King Institute of Preventive Medicine Micro-Biological Section reports 1909-11
Year: 1909
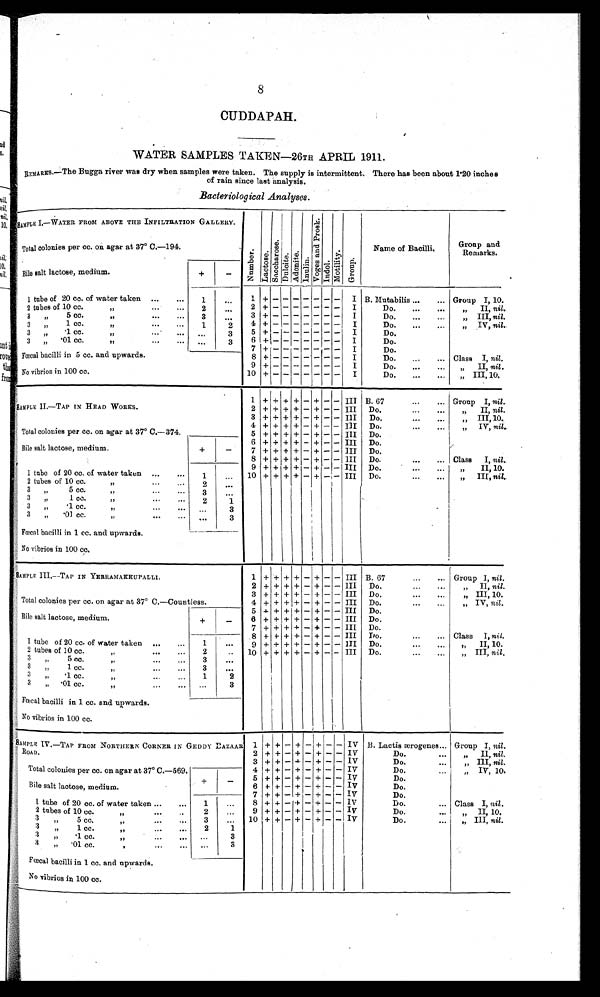
8
CUDDAPAH.
WATER SAMPLES TAKEN—26TH APRIL 1911.
REMARKS . —Th e Bu g g a r i v e r wa s d r y wh e n s a mp l e s we r e t a k e n . Th e s u p p l y i s i n t e r mi t t e n t . Th e r e h a s b e e n a b o u t 1 . 2 0 i n c h e s
of rain since last analysis.
Bacteriological Analyses.
S A M P L E I . — W A T E R F R O M A B O V E T H E I N F I L T R A T I O N G A L L E R Y .
N u m b e r . La c t os e . S a c c h a r o s e . Dul ci t e Ad o n i t e .
I nul i n.
V o g e s a n d P r o s k .
Indol .
Mot i l i t y
Group.
Name of Bacilli.
Group and
Remarks.
Total colonies per cc. on agar at 37° C.—194.
Bile salt lactose, medium.
+
-
1 tube of 20 cc, of water taken ... ...
1
. . . 1
+ -
- - - - - - I B.Mutabilis ...
... Group I, 10.
2 tubes of 10 cc.
„ ...
2
. . .
2
+ -
- - - - - - I
Do.
...
...
„ II, nil.
3 „ 5cc. „ ... ...
3
. . .
3
+ -
- - - - - - I
Do.
...
...
„ III, nil.
3 „ 1 cc. „ ... ...
1
2
4 + - - - - - - - I
Do.
...
...
„
IV,
nil.
3 „ . 1 c c . „
. . .
3
5
+ -
- - - - - - I
Do.
3 „ .01 cc. „ ... ...
. . .
3
6
+ -
- - - - - - I
Do.
...
7
+ -
- - - - - - I
Do.
Fœcal bacilli in 5 cc. and upwards.
8
+ -
- - - - - - I
Do.
...
... Class I, nil.
9
+ -
- - - - - - I
Do.
...
...
„
II,
nil.
No vibrios in 100 cc.
10
-
- - - - - - I
Do.
...
...
„ III, 10.
SAMPLE II.—TAP IN HEAD WORKS.
1 + + + + - + - - III B. 67
...
... Group I, nil.
2 + + + + - + - - III
Do.
...
...
II, nil.
Total colonies per cc. on agar at 37° C —374.
3 + + + + - + - - I I I Do.
...
...
III, 10.
4 + + + + - + - - III Do.
„
IV,n i l
.
5 + + + + - + - - III Do.
Bile salt lactose, medium.
+
-
6 + + + + - + - - III Do.
7 + + + + - + - - III Do.
8 + + + + - + - - III Do.
...
... Class I, nil.
1 tube of 20 cc. of water taken ...
...
1
. . . 9 + + + + - + - - III Do.
....
...
„
II, 10.
10 + + + + - + - - III Do.
„
III,
nil.
2 tubes of 10 cc.
„ ...
2
...
3 „ 5 cc, „
3
. . .
3 „ 1cc. „ ...
2
1
3 „ .1 cc. „ ... ...
...
3
3 „
.01 cc. „ ... ...
. . .
3
Fœcal bacilli in 1 cc. and upwards.
No vibrios in 100 cc.
SAMPLE III —TAP IN YERRAMAKKUPALLI.
1 + + + + - + - - III B. 67
...
... Group I, nil.
Total colonies per cc. on agar at 37° C.—Countless.
2 + + + + - + - -
I I I
Do.
...
...
„
II,
nil.
3 + + + + - + - - III Do.
...
...
„
„
III,
10.
4 + + + + - + - - III
Do.
...
...
„
IV,
nil.
Bile salt lactose, medium.
+
-
5 + + + + - + - - III Do.
6 + + + + - + - - III Do.
7 + + + + - + - - III Do.
1 tube of 20 cc. of water taken
1
...
8 + + + + - + - - III
Do.
...
...
Class I, nil.
9 + + + + - + - - III
Do.
...
...
„
II,
10.
2 tubes of 10 cc. „ . . .
2
. . . 10 + + + + - + - - III
Do.
...
...
„
III,
nil .
3 „
5 cc. „
...
...
3
...
3 „
1 cc. „
...
...
3
. . .
3 „
. 1 c c . „
. . .
1
2
3 „ . 0 1 C C . „ . . .
...
3
Fœcal bacilli in 1 cc. and upwards.
No vibrios in 100 cc.
S A M P L E I V — T A P F R O M N O R T H E R N C O R N E R I N G E D D Y E A Z A A R R O A D .
1 + + - + - + - - IV B. Lactis ærogenes. Group I, nil.
2 + + - + -
+ - - IV
Do.
...
„
II,
nil.
3 + + - + - + - - IV
Do.
...
„ III, nil.
Total colonies per cc. on agar at 37° C.—569.
+
-
4 + + - + - + - -
I V
Do.
...
„
IV,
10.
5
+ + - + -
+ - - IV
Do.
Bile salt lactose, medium.
6 + + - + - + - - I V
Do.
7 + + - + - + - - IV
Do.
1 tube of 20 cc. of water taken ... ...
1
...
8 + + - + - + - - IV
Do.
...
Class I, nil .
2 tubes of 10 cc. „ . . .
. .
2
...
9 + + - + - + - - I V
Do.
...
„ II, 10.
3 „ 5 c c . „
. . .
3
... 10 + + - + - + - - IV
Do.
...
„ III, nil.
3 „ 1 c c . „
. . .
2
1
3 „
. 1 c c . „
. . .
. . .
...
3
3 „ .01 cc..
. . . ...
3
Fœcal bacilli in 1 cc. and upwards.
No vibrios in 100 cc.